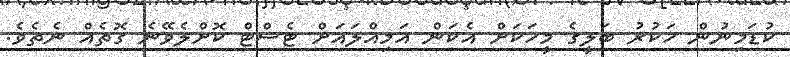
ކުޑަމިނުން ހަކުރު ބަލީގެ މީހަކަށް އެކަން އަމިއްލައަށް ޓެސްޓް ކޮށްލެވޭނެ ގޮތެއް ނެތެވެ.